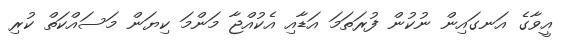
އީވާގެ އަނގައިން ނުކުން ފުރަތަމަ އަޑާއި އެކުއްޖާ މަންމަ ކިޔަން މަސައްކަތް ކުރި